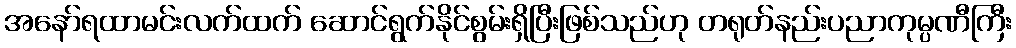
အနော်ရထာမင်းလက်ထက် ဆောင်ရွက်နိုင်စွမ်းရှိပြီးဖြစ်သည်ဟု တရုတ်နည်းပညာကုမ္ပဏီကြီး